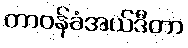
တာဝန်ခံအယ်ဒီတာ